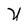
Character: U